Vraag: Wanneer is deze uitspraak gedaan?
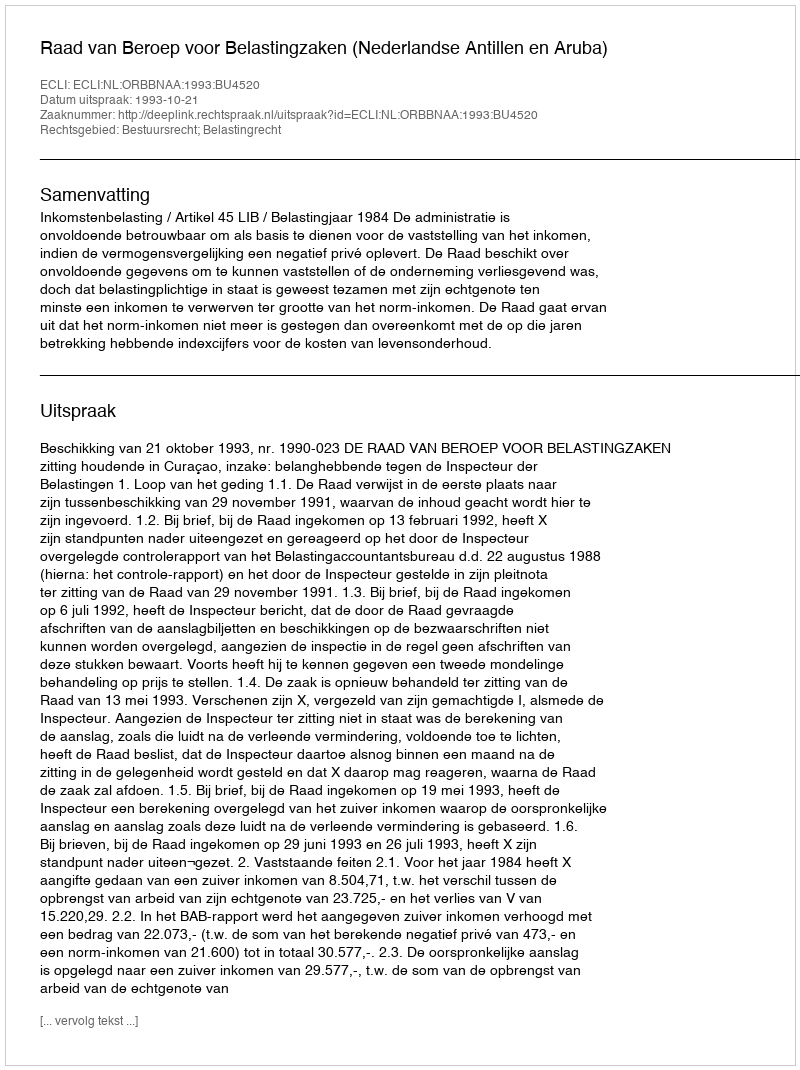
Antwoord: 1993-10-21